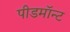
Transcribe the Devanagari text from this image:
पीडमॉन्ट